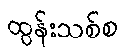
ထွန်းသစ်စ